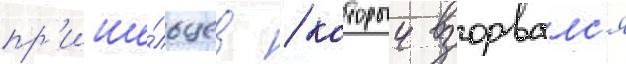
пр'ише́льцев / которыи взорвалс'я